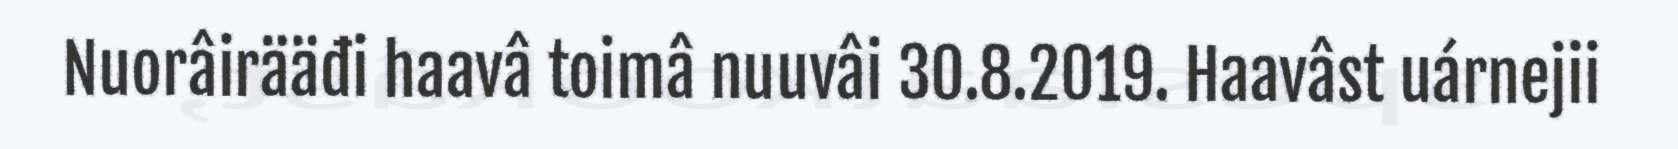
Nuorâirääđi haavâ toimâ nuuvâi 30.8.2019. Haavâst uárnejii